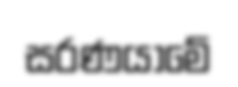
සරණයාමේ